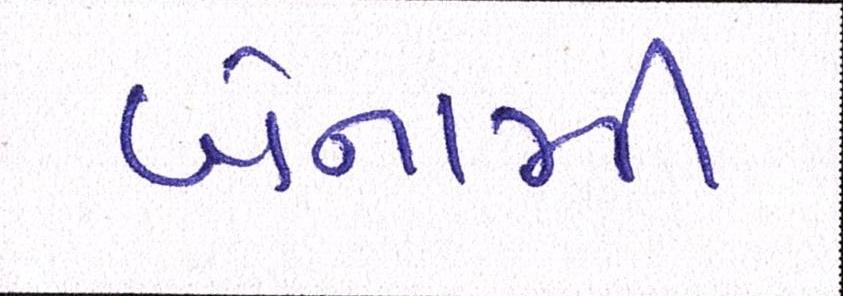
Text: બેનામી